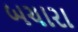
બચારા